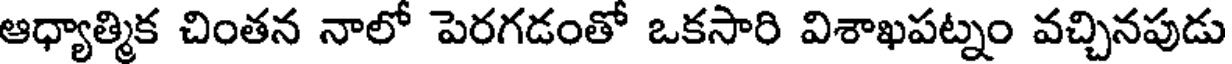
ఆధ్యాత్మిక చింతన నాలో పెరగడంతో ఒకసారి విశాఖపట్నం వచ్చినపుడు